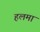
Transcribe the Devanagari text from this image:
हलमा